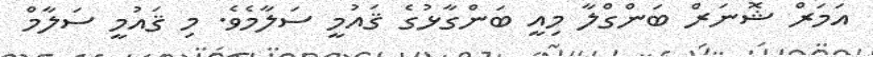
އަމަރް ޝޮނަރް ބަންގްލާ މިއީ ބަންގާޅުގެ ޤައުމީ ސަލާމެވެ. މި ޤައުމީ ސަލާމް